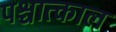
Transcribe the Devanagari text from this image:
पश्चात्काल